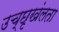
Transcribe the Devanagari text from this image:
उच्छृखंलता